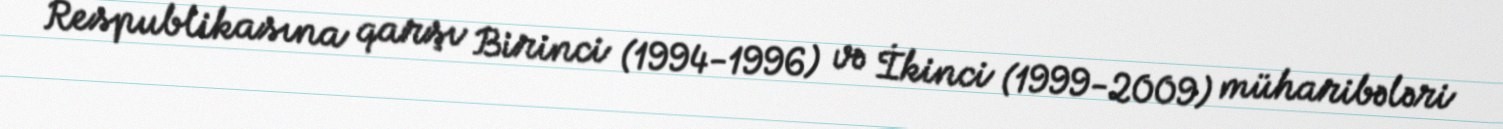
Respublikasına qarşı Birinci (1994-1996) və İkinci (1999-2009) müharibələri